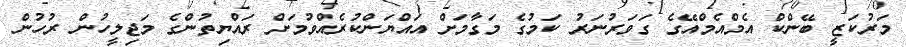
މަރުކަޒީ ބޭންކް އެމްއެމްއޭގެ ގަވަރުނަރު ކަމުގެ މަގާމަށް އައްޔަންކުރެއްވުމަށް ރައްޔިތުންގެ މަޖިލީހުން ރުހުން